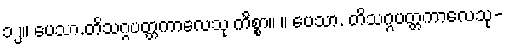
၁၂။ ပေသာ.တိသဂ္ဂပတ္တကာလေသု ကိစ္စာ။ ။ ပေသာ. တိသဂ္ဂပတ္တကာလေသု-